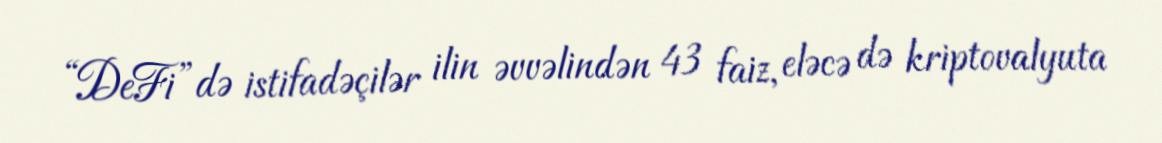
“DeFi”də istifadəçilər ilin əvvəlindən 43 faiz, eləcə də kriptovalyuta